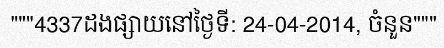
"""4337ដងផ្សាយនៅថ្ងៃទី: 24-04-2014, ចំនួន"""